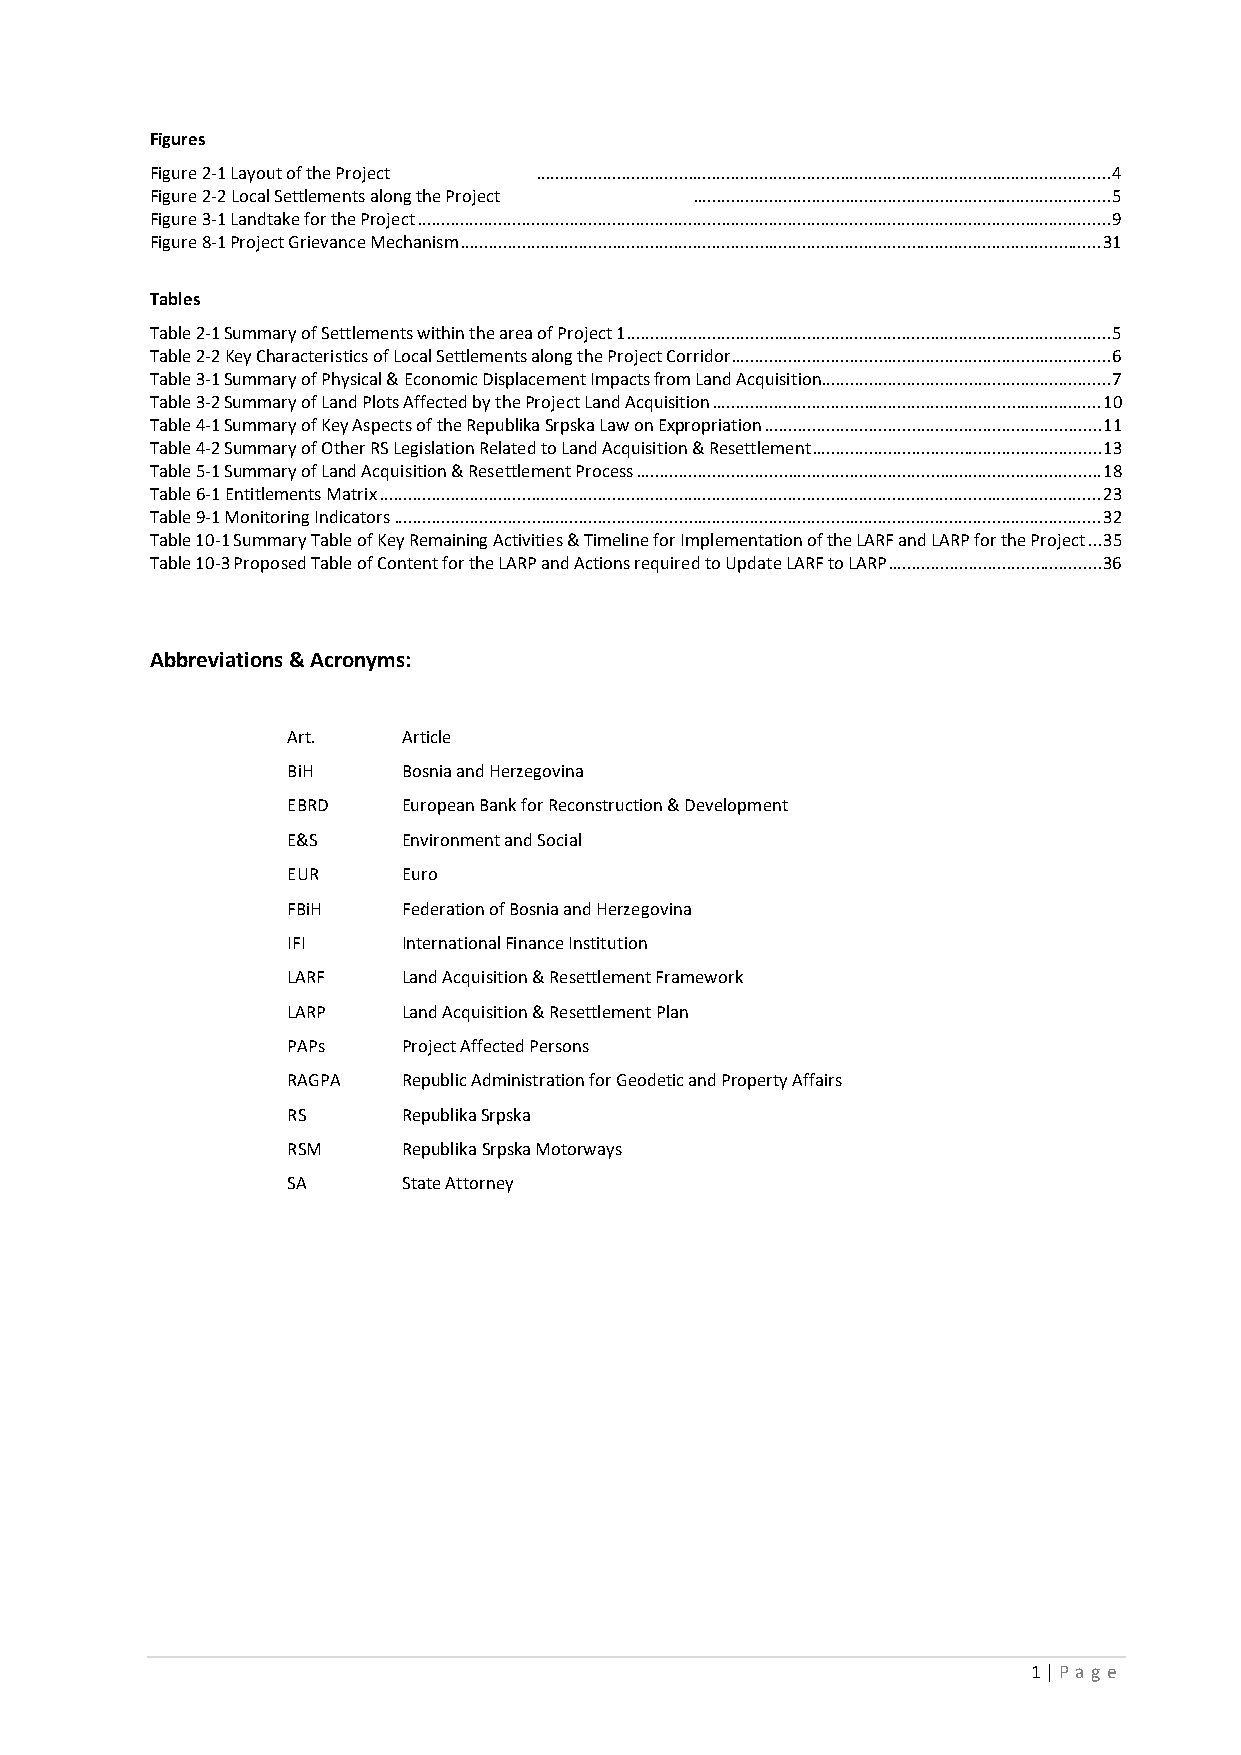
Figures
 Figure 2-1 Layout of the Project ......................................................................................................................... 4
 Figure 2-2 Local Settlements along the Project ........................................................................................ 5
 Figure 3-1 Landtake for the Project .................................................................................................................................................. 9
 Figure 8-1 Project Grievance Mechanism ....................................................................................................................................... 31
 Tables
 Table 2-1 Summary of Settlements within the area of Project 1 ...................................................................................................... 5
 Table 2-2 Key Characteristics of Local Settlements along the Project Corridor ................................................................................ 6
 Table 3-1 Summary of Physical & Economic Displacement Impacts from Land Acquisition ............................................................. 7
 Table 3-2 Summary of Land Plots Affected by the Project Land Acquisition .................................................................................. 10
 Table 4-1 Summary of Key Aspects of the Republika Srpska Law on Expropriation ....................................................................... 11
 Table 4-2 Summary of Other RS Legislation Related to Land Acquisition & Resettlement ............................................................. 13
 Table 5-1 Summary of Land Acquisition & Resettlement Process .................................................................................................. 18
 Table 6-1 Entitlements Matrix ........................................................................................................................................................ 23
 Table 9-1 Monitoring Indicators ..................................................................................................................................................... 32
 Table 10-1 Summary Table of Key Remaining Activities & Timeline for Implementation of the LARF and LARP for the Project ... 35
 Table 10-3 Proposed Table of Content for the LARP and Actions required to Update LARF to LARP ............................................. 36
 Abbreviations & Acronyms:
 Art.    Article
 BiH     Bosnia and Herzegovina
 EBRD    European Bank for Reconstruction & Development
 E&S     Environment and Social
 EUR     Euro
 FBiH    Federation of Bosnia and Herzegovina
 IFI     International Finance Institution
 LARF    Land Acquisition & Resettlement Framework
 LARP    Land Acquisition & Resettlement Plan
 PAPs    Project Affected Persons
 RAGPA   Republic Administration for Geodetic and Property Affairs
 RS      Republika Srpska
 RSM     Republika Srpska Motorways
 SA      State Attorney
 1 | P a ge